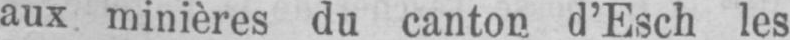
aux minières du canton d’Esch les